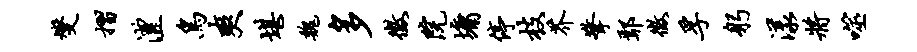
燮摺澧鸟爽堪魏多征院墉停枝芥擎鄢征孚躬漾将噬